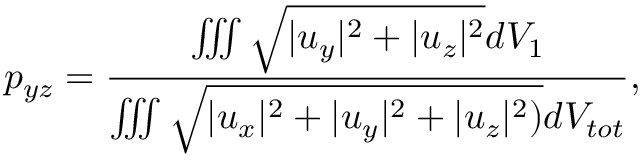
p _ { y z } = \frac { \iiint \sqrt { | u _ { y } | ^ { 2 } + | u _ { z } | ^ { 2 } } d V _ { 1 } } { \iiint \sqrt { | u _ { x } | ^ { 2 } + | u _ { y } | ^ { 2 } + | u _ { z } | ^ { 2 } ) } d V _ { t o t } } ,